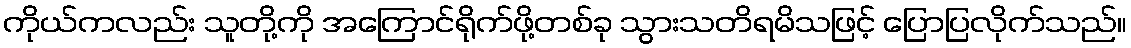
ကိုယ်ကလည်း သူတို့ကို အကြောင်ရိုက်ဖို့တစ်ခု သွားသတိရမိသဖြင့် ပြောပြလိုက်သည်။